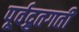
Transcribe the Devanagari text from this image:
पूर्वद्रुतगती